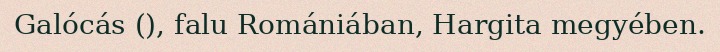
Galócás (), falu Romániában, Hargita megyében.